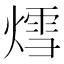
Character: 𮳷